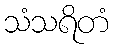
သံသရိတံ